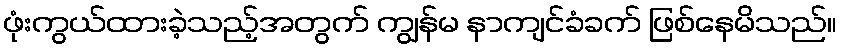
ဖုံးကွယ်ထားခဲ့သည့်အတွက် ကျွန်မ နာကျင်ခံခက် ဖြစ်နေမိသည်။